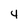
Character: 4